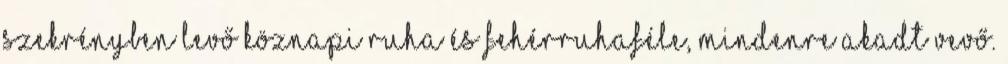
szekrényben levő köznapi ruha és fehérruhaféle, mindenre akadt vevő.